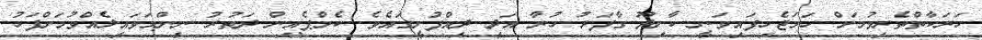
ހަރަކާތްތެރިވުމަށް ހަމަޖެހިފައިވަނީ ކާށިދޫ ގާފަރު ހުރާ އަދި ދިއްފުށީގައެވެ. ކެމްޕެއިން ދަތުރު ނިންމަވައިލެއްވުމަށްފަހު